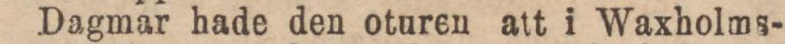
Dagmar hade den oturen att i Waxholms-